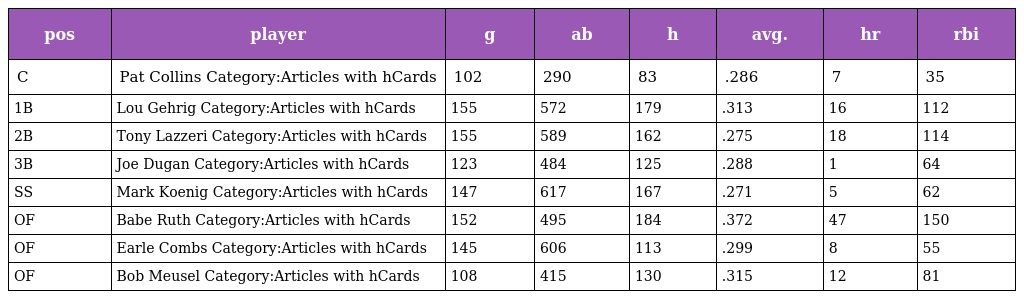
| pos | player | g | ab | h | avg. | hr | rbi |
 | --- | --- | --- | --- | --- | --- | --- | --- |
 | C | Pat Collins Category:Articles with hCards | 102 | 290 | 83 | .286 | 7 | 35 |
 | 1B | Lou Gehrig Category:Articles with hCards | 155 | 572 | 179 | .313 | 16 | 112 |
 | 2B | Tony Lazzeri Category:Articles with hCards | 155 | 589 | 162 | .275 | 18 | 114 |
 | 3B | Joe Dugan Category:Articles with hCards | 123 | 484 | 125 | .288 | 1 | 64 |
 | SS | Mark Koenig Category:Articles with hCards | 147 | 617 | 167 | .271 | 5 | 62 |
 | OF | Babe Ruth Category:Articles with hCards | 152 | 495 | 184 | .372 | 47 | 150 |
 | OF | Earle Combs Category:Articles with hCards | 145 | 606 | 113 | .299 | 8 | 55 |
 | OF | Bob Meusel Category:Articles with hCards | 108 | 415 | 130 | .315 | 12 | 81 |